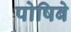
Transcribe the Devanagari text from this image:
पोषिबे